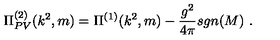
\Pi _ { P V } ^ { ( 2 ) } ( k ^ { 2 } , m ) = \Pi ^ { ( 1 ) } ( k ^ { 2 } , m ) - \frac { g ^ { 2 } } { 4 \pi } s g n ( M ) \ .